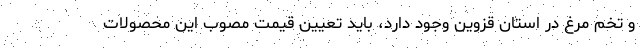
و تخم مرغ در استان قزوین وجود دارد، باید تعیین قیمت مصوب این محصولات